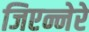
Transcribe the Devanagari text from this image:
जिएन्नेरे